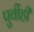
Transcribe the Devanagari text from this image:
पुर्वीही